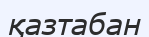
қазтабан